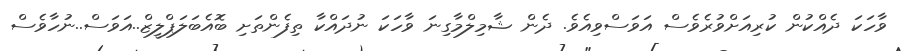
ވާހަކަ ދެއްކުން ކުރިއަށްވުރެވެސް އަވަސްވިއެވެ. ދެން ޝާމިލްމާގިނަ ވާހަކަ ނުދައްކާ ތިފެންތަށި ބޮއެބަލަޕްލީޒް..އަވަސް..ނުހާވެސް